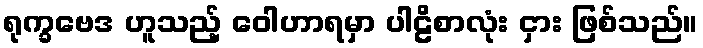
ရုက္ခဗေဒ ဟူသည့် ဝေါဟာရမှာ ပါဠိစာလုံး ငှား ဖြစ်သည်။